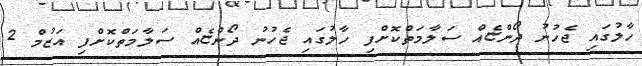
ހާލުގައި ޖެހުނު ދޯންޏެއް ސަލާމަތްކޮށްފި ހާލުގައި ޖެހުނު ދޯންޏެއް ސަލާމަތްކޮށްފި އަޒުމް 2